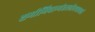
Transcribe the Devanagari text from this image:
शमीमिवाभ्यंतरलीनपावकां